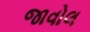
જાવોલ